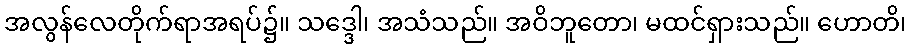
အလွန်လေတိုက်ရာအရပ်၌။ သဒ္ဒေါ၊ အသံသည်။ အဝိဘူတော၊ မထင်ရှားသည်။ ဟောတိ၊